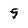
Character: 9